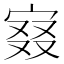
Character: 𡨤